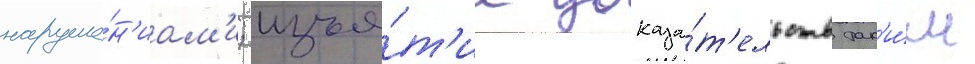
наруше́н'иам'и; изъя́т'ие доказа́т'ельств так'и́м